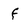
Character: f